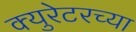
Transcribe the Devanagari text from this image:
क्युरेटरच्या